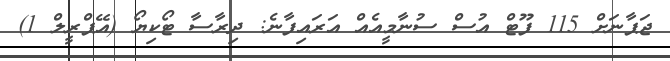
ޖަޕާނަށް 115 ފޫޓް އުސް ސުނާމީއެއް އަރައިފާނެ: ދިރާސާ ޓޯކިޔޯ (އޭޕްރީލް 1)